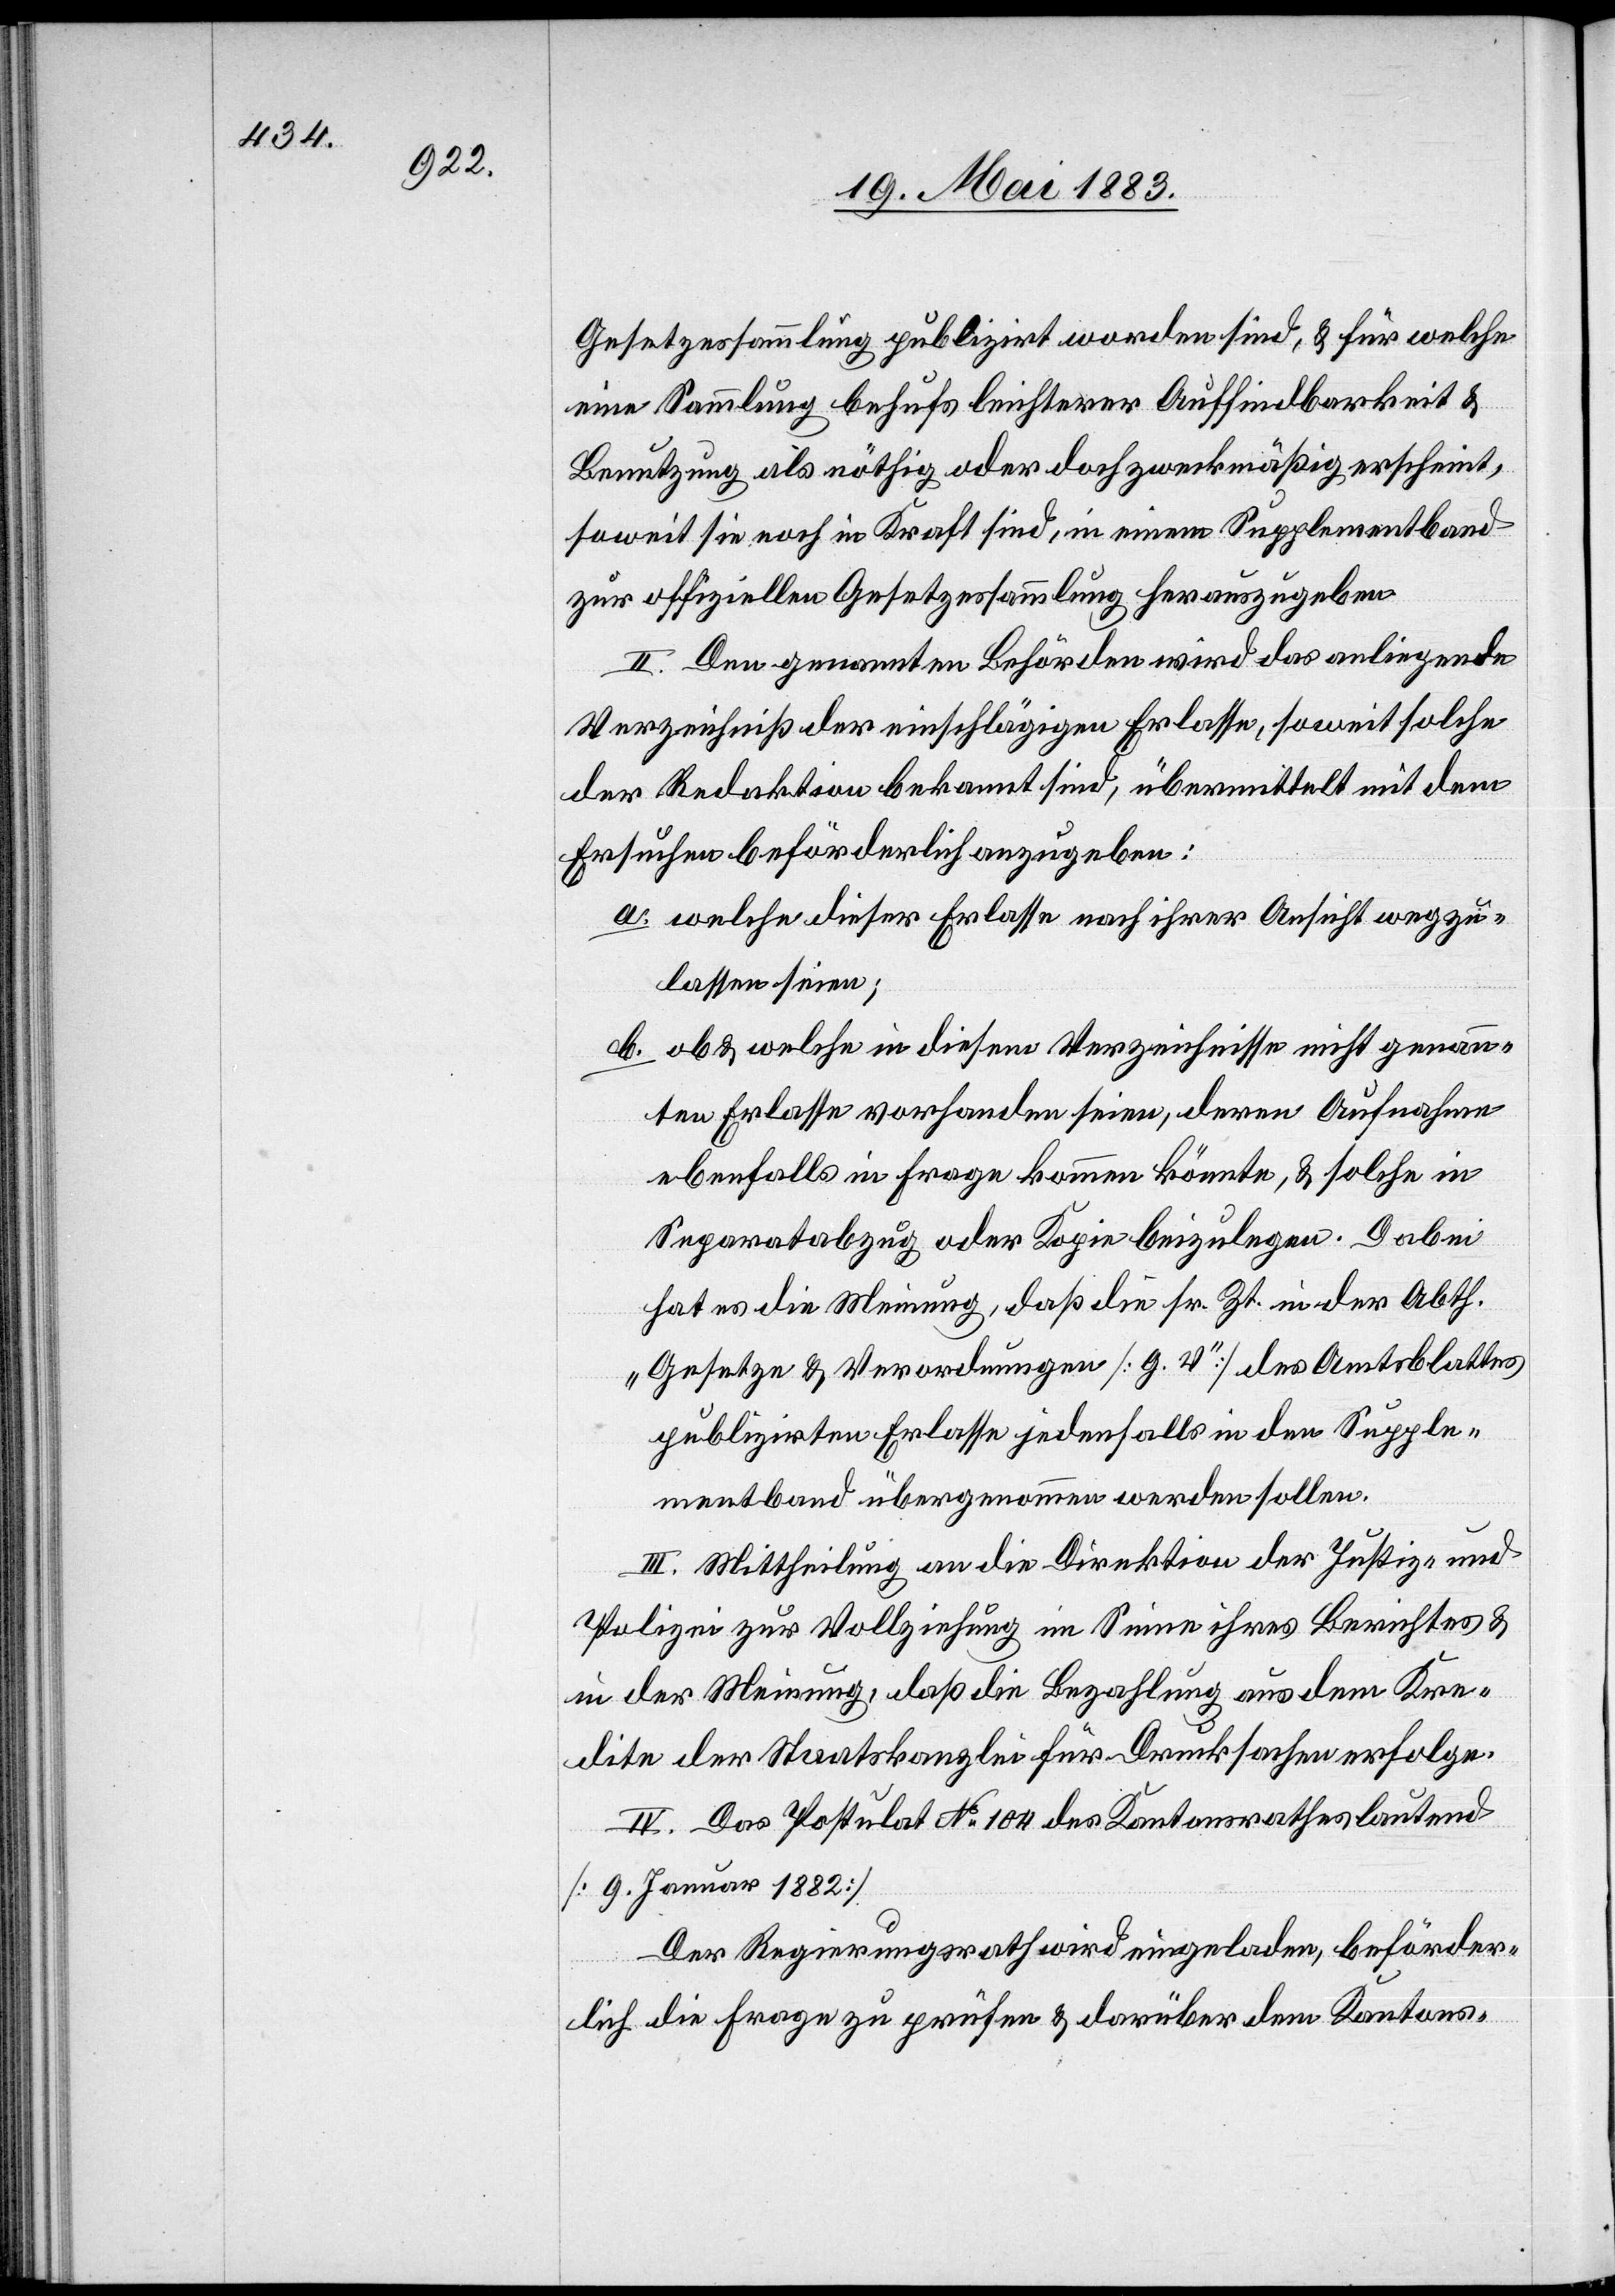
Gesetzesversammlung publizirt worden sind, & für welche
eine Sammlung behufs leichterer Auffindbarkeit &
Benutzung als nöthig oder doch zweckmäßig erscheint,
soweit sie noch in Kraft sind, in einem Supplementband
zur offiziellen Gesetzessammlung herauszugeben.
II. Den genannten Behörden wird das anliegende
Verzeichniß der einschlägigen Erlasse, soweit solche
der Redaktion bekannt sind, übermittelt mit dem
Ersuchen beförderlich anzugeben:
a. welche dieser Erlasse nach ihrer Ansicht wegzu¬
lassen seien;
b. ob & welche in diesem Verzeichnisse nicht genann¬
ten Erlasse vorhanden seien, deren Aufnahme
ebenfalls in Frage kommen könnte, & solche in
Separatabzug oder Kopie beizulegen. Dabei
hat es die Meinung, daß die sr. Zt. in der Abth.
„Gesetze & Verordnungen [G. V]“ des Amtsblattes
publizirten Erlasse jedenfalls in den Supple¬
mentband übergenommen werden sollen.
III. Mittheilung an die Direktion der Justiz und
Polizei zur Vollziehung im Sinne ihres Berichtes &
in der Meinung, daß die Bezahlung aus dem Kre¬
dite der Staatskanzlei für Drucksachen erfolge.
IV. Das Postulat No 104 des Kantonsrathes lautend
[9. Januar 1882].
Der Regierungsrath wird eingeladen, beförder¬
lich die Frage zu prüfen & darüber dem Kantons-